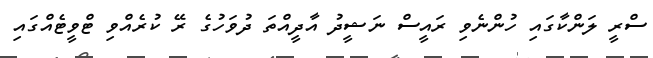
ސްރީ ލަންކާގައި ހުންނެވި ރައީސް ނަޝީދު އާދީއްތަ ދުވަހުގެ ރޭ ކުރެއްވި ޓްވީޓެއްގައި